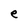
Character: e